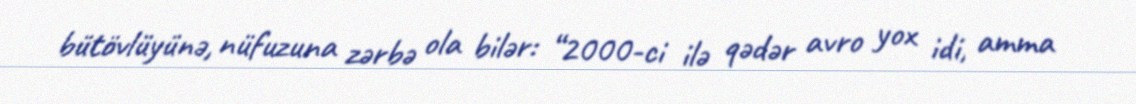
bütövlüyünə, nüfuzuna zərbə ola bilər: “2000-ci ilə qədər avro yox idi, amma